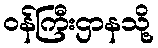
ဝန်ကြီးဌာနသို့